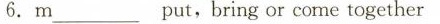
6.m___put,bring or come together